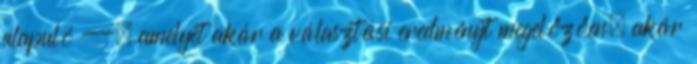
alapuló --, amelyet akár a választási eredményt megelőzően, akár